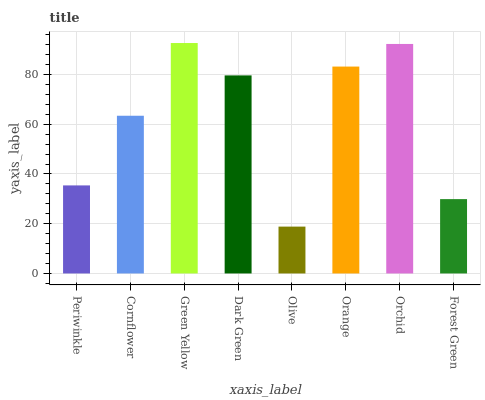
| xaxis_label | bars |
 | --- | --- |
 | Periwinkle | 35.4 |
 | Cornflower | 63.4 |
 | Green Yellow | 92.6 |
 | Dark Green | 79.6 |
 | Olive | 18.8 |
 | Orange | 83.2 |
 | Orchid | 92.3 |
 | Forest Green | 29.9 |